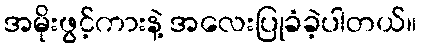
အမိုးဖွင့်ကားနဲ့ အလေးပြုခံခဲ့ပါတယ်။